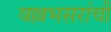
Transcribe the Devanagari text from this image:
वल्लभसरांची